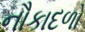
નૌકાદળો